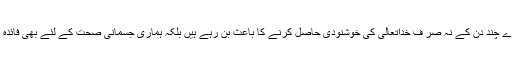
یہ روزے چند دن کے نہ صر ف خداتعالیٰ کی خوشنودی حاصل کرنے کا باعث بن رہے ہیں بلکہ ہماری جسمانی صحت کے لئے بھی فائدہ مند ہیں۔